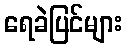
ရေခဲပြင်များ